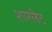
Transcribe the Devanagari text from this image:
शारलैट